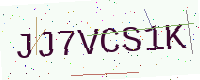
Text: JJ7VCS1K